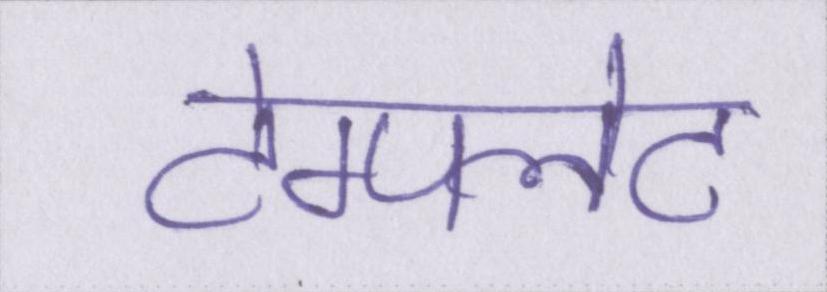
टेम्पलेट